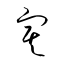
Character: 寞